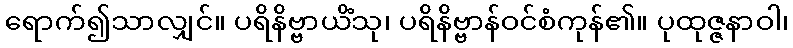
ရောက်၍သာလျှင်။ ပရိနိဗ္ဗာယိံသု၊ ပရိနိဗ္ဗာန်ဝင်စံကုန်၏။ ပုထုဇ္ဇနာဝါ၊